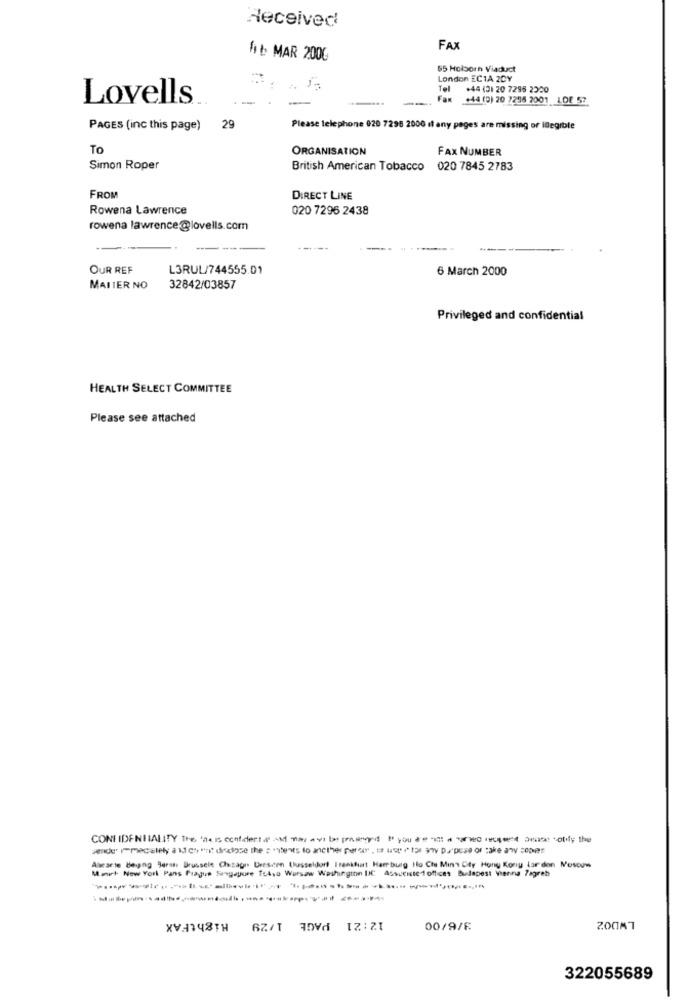
Received
FAX
16 MAR 200G
65 Holborn Viaduct
London EC1A 2CY
Tel
+44 (31 20 7295 2220
Lovells
-
Fax
+44 (0) 20 7255 2001 LDE 57
PAGES (inc this page) 29
Please telephone 020 7296 2000 it any pages are missing or Inegible
To
ORGANISATION
FAX NUMBER
Simon Roper
British American Tobacco
020 7845 2783
FROM
DIRECT LINE
Rowena Lawrence
020 7296 2438
rowena lawrence@lovells.com
OUR REF
L3RUL/744555.01
6 March 2000
MATTER NO
32842/03857
Privileged and confidential
HEALTH SELECT COMMITTEE
Please see attached
Awcarte Being Jeras Brussele Chicago Deescen Dusseldorf Frankfurt Harburg Ho Che Mins City Hong Kong Lar don Moscow
Manit New York Pans Prague Sangapure Tokyo Wursaw Washington DIC Assueiste1offices Budapest Vienna Zagreb
RightFAX
12:21 PAGE 1/29
LWDO2
00/9/F
322055689